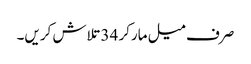
صرف میل مارکر 34 تلاش کریں۔